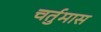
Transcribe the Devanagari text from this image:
चर्तुमास